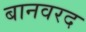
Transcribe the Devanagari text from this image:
बानवरद